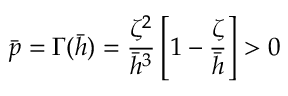
\Bar { p } = \Gamma ( \Bar { h } ) = \frac { \zeta ^ { 2 } } { \Bar { h } ^ { 3 } } \left[ 1 - \frac { \zeta } { \Bar { h } } \right] > 0